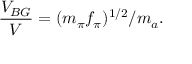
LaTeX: \frac { V _ { B G } } { V } = { ( m _ { \pi } f _ { \pi } ) ^ { 1 / 2 } / m _ { a } } .